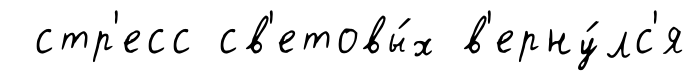
стр'есс св'етовы́х в'ерну́лс'я